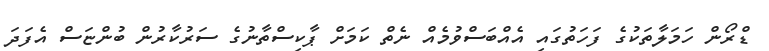
ޑްރޯން ހަމަލާތަކުގެ ފަހަތުގައި އެއްބަސްވުމެއް ނެތް ކަމަށް ޕާކިސްތާނުގެ ސަރުކާރުން ބުންޏަސް އެފަދަ